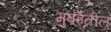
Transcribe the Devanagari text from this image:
मुबईतील